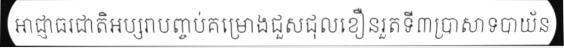
អាជ្ញាធរជាតិអប្សរាបញ្ចប់គម្រោងជួសជុលខឿនរួតទី៣ប្រាសាទបាយ័ន